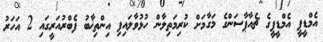
އެމްޑީޕީ އެމްޑީޕީގެ ޗެއާޕާސަންގެ މަގާމަށް ކުރިމަތިލާން ހުޅުވާލައިފި އިންތިޚާބު ފެބްރުއަރީގައި 2 އަހަރު